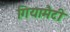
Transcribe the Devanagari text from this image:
गियामैटी